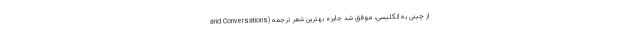
and Conversations) از چینی به انگلیسی، موفق شد جایزه بهترین شعر ترجمه